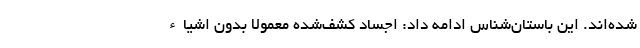
شده‌اند. این باستان‌شناس ادامه داد: اجساد کشف‌شده معمولا بدون اشیاء